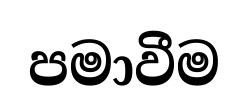
පමාවීම